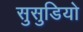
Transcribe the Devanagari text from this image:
सुसुडियो